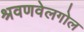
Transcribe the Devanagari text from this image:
श्रवणवेलगोल